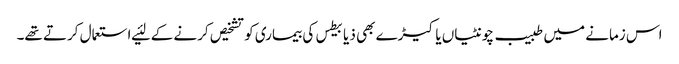
اس زمانے میں طبیب چونٹیاں یا کیڑے بھی ذیابیطس کی بیماری کو تشخیص کرنے کے لئیے استعمال کرتے تھے۔